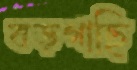
বড়গাছি